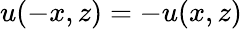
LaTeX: u(-x,z)=-u(x,z)